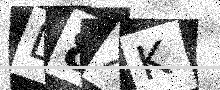
Text: D8XK